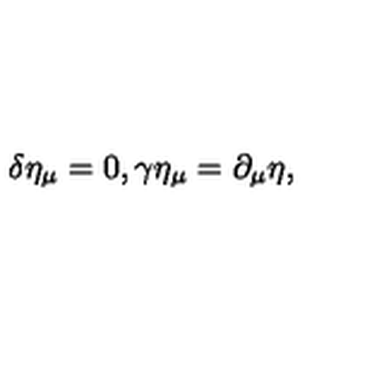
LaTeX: \delta \eta _ { \mu } = 0 , \gamma \eta _ { \mu } = \partial _ { \mu } \eta ,